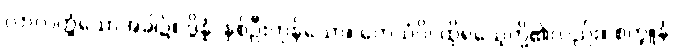
လာလတ္တံ့သောအခါ၌။ ဒွိန္နံ၊ နှစ်ဦးကုန်သော။ တေသံပိ၊ ထိုရသေ့တို့၏လည်း။ စက္ခူနံ၊